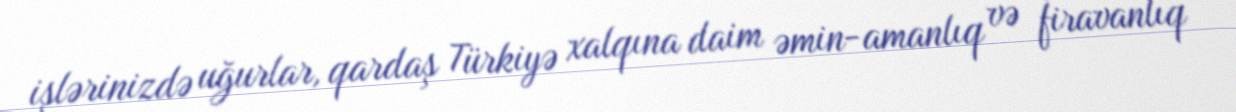
işlərinizdə uğurlar, qardaş Türkiyə xalqına daim əmin-amanlıq və firavanlıq